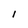
Character: I